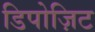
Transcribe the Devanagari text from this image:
डिपोज़िट